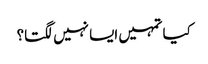
کیا تمہیں ایسا نہیں لگتا؟